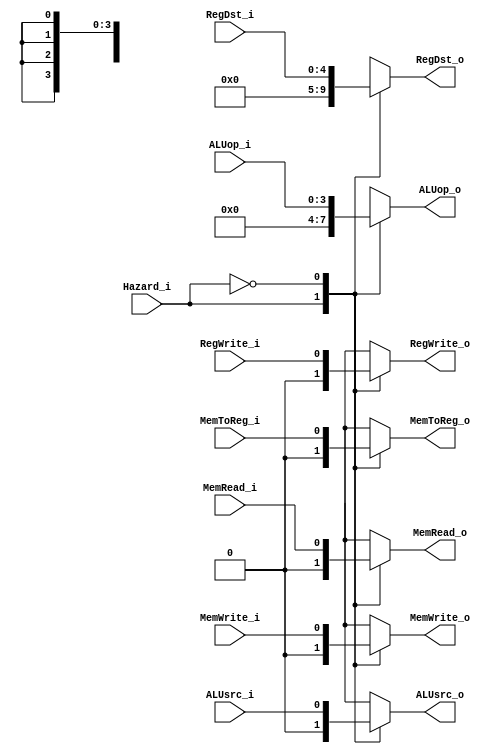
module  controlMUX
(
    input   wire            Hazard_i  ,
    
    input   wire    [3:0]   ALUop_i   ,
    input   wire            ALUsrc_i  ,
    input   wire            RegWrite_i,
    input   wire            MemRead_i ,
    input   wire            MemWrite_i,
    input   wire            MemToReg_i,
    input   wire    [4:0]   RegDst_i  ,
    
    output  reg     [3:0]   ALUop_o   ,
    output  reg             ALUsrc_o  ,
    output  reg             RegWrite_o,
    output  reg             MemRead_o ,
    output  reg             MemWrite_o,
    output  reg             MemToReg_o,
    output  reg     [4:0]   RegDst_o  
);

always@(*)
    begin
        case(Hazard_i)
        
        1'b1:
            begin
                ALUop_o    <= 4'b0;
                ALUsrc_o   <= 1'b0;
                RegWrite_o <= 1'b0;
                MemRead_o  <= 1'b0;
                MemWrite_o <= 1'b0;
                MemToReg_o <= 1'b0;
                RegDst_o   <= 4'b0;
            end
        
        1'b0:
            begin
                ALUop_o    <= ALUop_i;
                ALUsrc_o   <= ALUsrc_i;
                RegWrite_o <= RegWrite_i;
                MemRead_o  <= MemRead_i;
                MemWrite_o <= MemWrite_i;
                MemToReg_o <= MemToReg_i;
                RegDst_o   <= RegDst_i;
            end
        default:
            begin
                ALUop_o    <= ALUop_i;
                ALUsrc_o   <= ALUsrc_i;
                RegWrite_o <= RegWrite_i;
                MemRead_o  <= MemRead_i;
                MemWrite_o <= MemWrite_i;
                MemToReg_o <= MemToReg_i;
                RegDst_o   <= RegDst_i;
            end         
        endcase
    end

endmodule